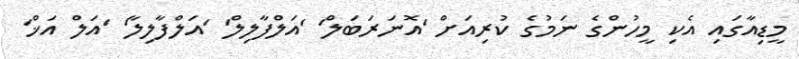
މީޑިއާގައި އެކި މީހުންގެ ނަމުގެ ކުރިއަށް 'އޮނަރަބަލް' 'އަލްފާލިލް' 'އަލްފާލިލާ' 'އަލް އަޚް'